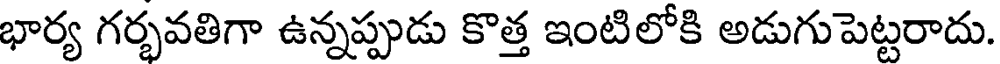
భార్య గర్భవతిగా ఉన్నప్పుడు కొత్త ఇంటిలోకి అడుగుపెట్టరాదు.